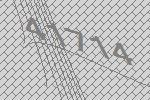
41714